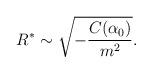
LaTeX: \begin{align*}R^\ast\sim\sqrt{-\frac{C(\alpha_0)}{m^2}}.\end{align*}